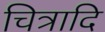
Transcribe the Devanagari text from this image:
चित्रादि